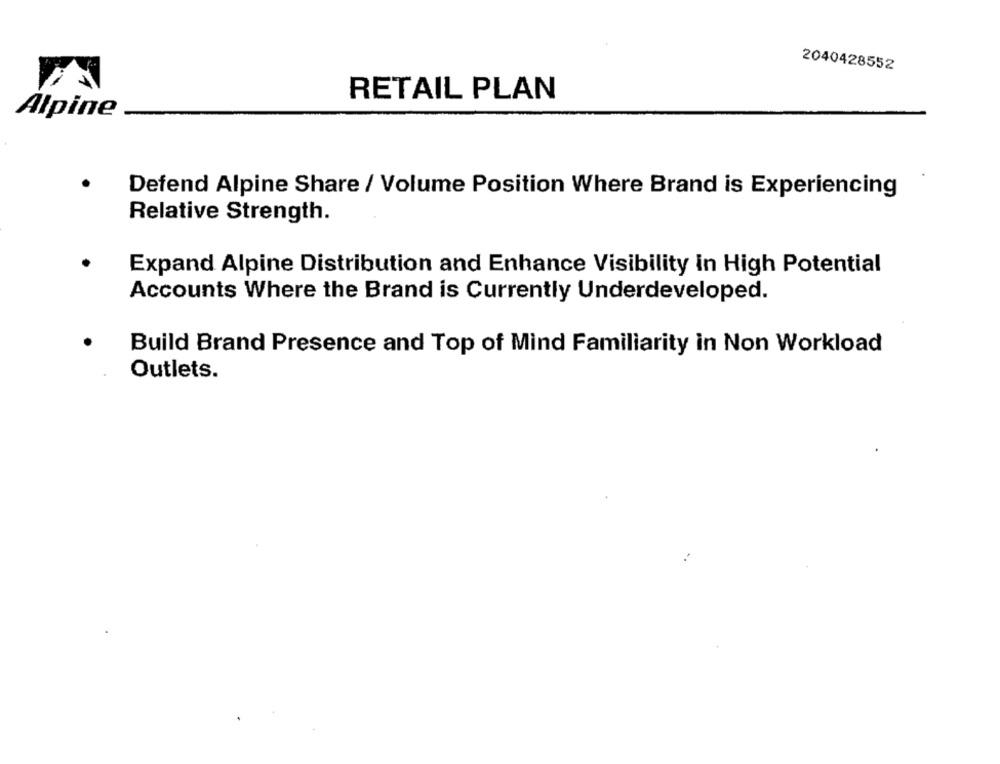
2040428552
RETAIL PLAN
Alpine
Defend Alpine Share / Volume Position Where Brand is Experiencing
Relative Strength.
Expand Alpine Distribution and Enhance Visibility in High Potential
Accounts Where the Brand is Currently Underdeveloped.
Build Brand Presence and Top of Mind Familiarity in Non Workload
Outlets.